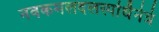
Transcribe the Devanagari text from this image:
नवकमलदलस्पर्धिनेत्रं